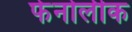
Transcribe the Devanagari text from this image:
फेनोलीक